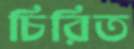
চিরিত